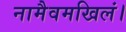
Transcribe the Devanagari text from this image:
नामैवमखिलं।